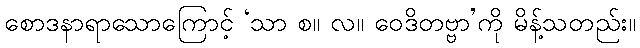
စောဒနာရာသောကြောင့် ‘သာ စ။ လ။ ဝေဒိတဗ္ဗာ’ကို မိန့်သတည်း။